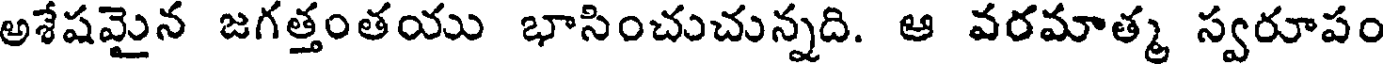
అశేషమైన జగత్తంతయు భాసించుచున్నది. ఆ వరమాత్మ స్వరూపం